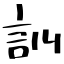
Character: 訓